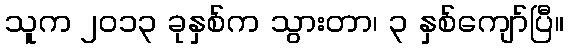
သူက ၂၀၁၃ ခုနှစ်က သွားတာ၊ ၃ နှစ်ကျော်ပြီ။